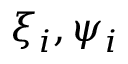
\xi _ { i } , \psi _ { i }